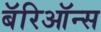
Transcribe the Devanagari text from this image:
बॅरिऑन्स